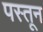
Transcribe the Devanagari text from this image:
पस्तून